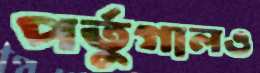
পর্তুগালও